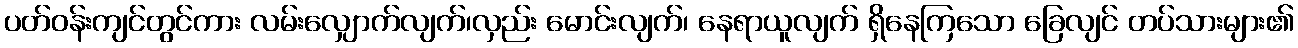
ပတ်ဝန်းကျင်တွင်ကား လမ်းလျှောက်လျက်၊လှည်း မောင်းလျက်၊ နေရာယူလျက် ရှိနေကြသော ခြေလျင် တပ်သားများ၏